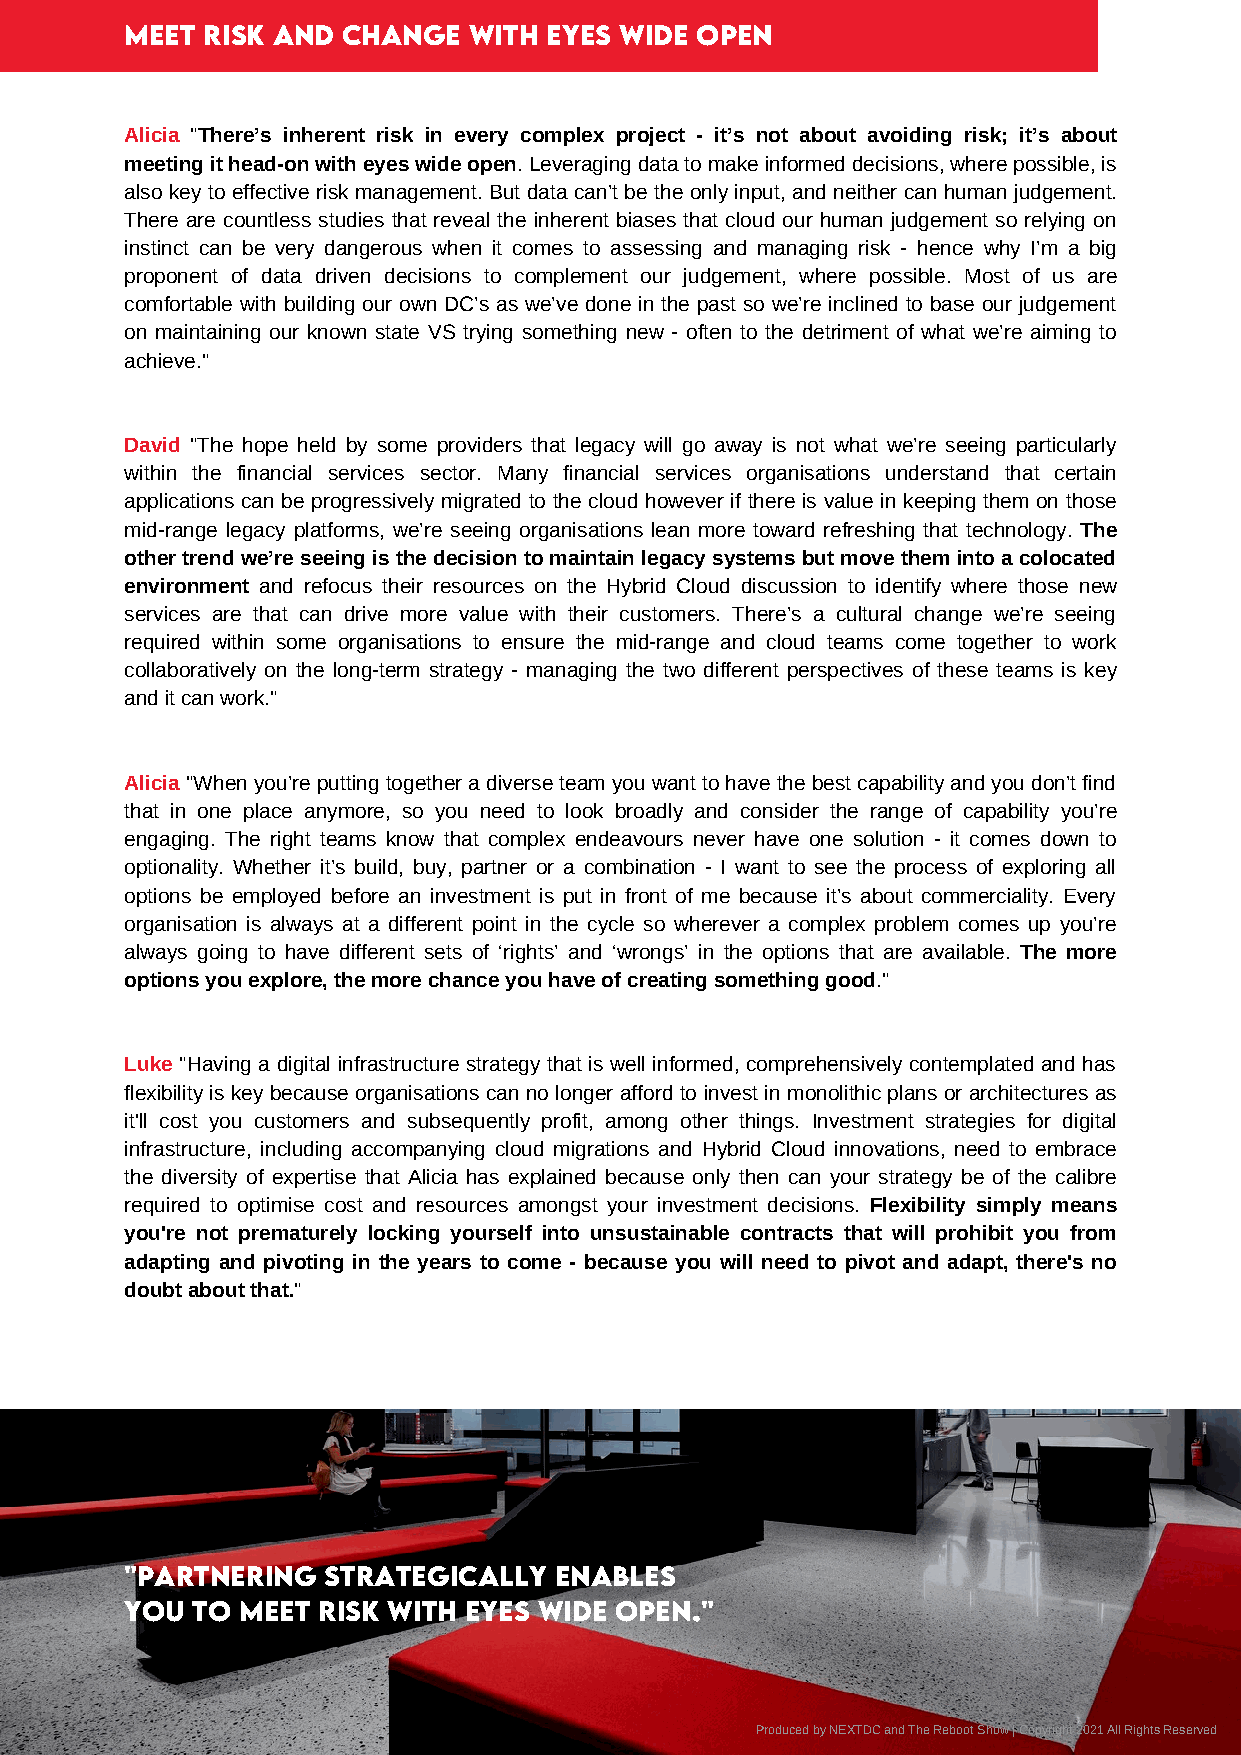
MEET RiSK AND  CHANGE  WiTH EYES WiDE OPEN
 Alicia "There’s inherent risk in every complex project - it’s not about avoiding risk; it’s about
 meeting it head-on with eyes wide open. Leveraging data to make informed decisions, where possible, is
 also key to effective risk management. But data can’t be the only input, and neither can human judgement.
 There are countless studies that reveal the inherent biases that cloud our human judgement so relying on
 instinct can be very dangerous when it comes to assessing and managing risk - hence why I’m a big
 proponent of data driven decisions to complement our judgement, where possible. Most of us are
 comfortable with building our own DC’s as we’ve done in the past so we’re inclined to base our judgement
 on maintaining our known state VS trying something new - often to the detriment of what we’re aiming to
 achieve."
 David "The hope held by some providers that legacy will go away is not what we’re seeing particularly
 within the financial services sector. Many financial services organisations understand that certain
 applications can be progressively migrated to the cloud however if there is value in keeping them on those
 mid-range legacy platforms, we’re seeing organisations lean more toward refreshing that technology. The
 other trend we’re seeing is the decision to maintain legacy systems but move them into a colocated
 environment and refocus their resources on the Hybrid Cloud discussion to identify where those new
 services are that can drive more value with their customers. There’s a cultural change we’re seeing
 required within some organisations to ensure the mid-range and cloud teams come together to work
 collaboratively on the long-term strategy - managing the two different perspectives of these teams is key
 and it can work."
 Alicia "When you’re putting together a diverse team you want to have the best capability and you don’t find
 that in one place anymore, so you need to look broadly and consider the range of capability you’re
 engaging. The right teams know that complex endeavours never have one solution - it comes down to
 optionality. Whether it’s build, buy, partner or a combination - I want to see the process of exploring all
 options be employed before an investment is put in front of me because it’s about commerciality. Every
 organisation is always at a different point in the cycle so wherever a complex problem comes up you’re
 always going to have different sets of ‘rights’ and ‘wrongs’ in the options that are available. The more
 options you explore, the more chance you have of creating something good."
 Luke "Having a digital infrastructure strategy that is well informed, comprehensively contemplated and has
 flexibility is key because organisations can no longer afford to invest in monolithic plans or architectures as
 it'll cost you customers and subsequently profit, among other things. Investment strategies for digital
 infrastructure, including accompanying cloud migrations and Hybrid Cloud innovations, need to embrace
 the diversity of expertise that Alicia has explained because only then can your strategy be of the calibre
 required to optimise cost and resources amongst your investment decisions. Flexibility simply means
 you're not prematurely locking yourself into unsustainable contracts that will prohibit you from
 adapting and pivoting in the years to come - because you will need to pivot and adapt, there's no
 doubt about that."
 "PARTNERiNG  STRATEGiCALLY   ENABLES
 YOU  TO MEET RiSK WiTH EYES WiDE OPEN."
 Produced by NEXTDC and The Reboot Show | Copyright 2021 All Rights Reserved